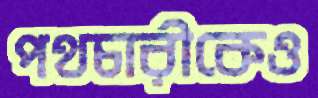
পথচারীকেও